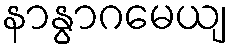
နာနွာဂမေယျ